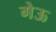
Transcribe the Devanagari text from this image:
गेऊ